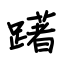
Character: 躇